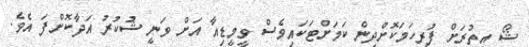
ޝޯ އިތުރަށް ފުރިހަމަކޮށްދިން ކަމަށްޓަކައިވެސް ވީމީޑިއާ އަށް ވަނީ ޝުކުރު އަދާކޮށްފަ އެވެ.